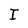
Character: I